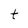
Character: t